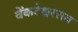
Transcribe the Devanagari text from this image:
वेंकटेश्वरराव